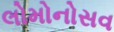
લોમોનોસવ